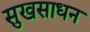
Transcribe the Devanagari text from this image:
सुखसाधन